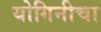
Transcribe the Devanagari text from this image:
योगिनीचा